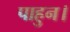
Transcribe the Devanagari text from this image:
पाहुन।